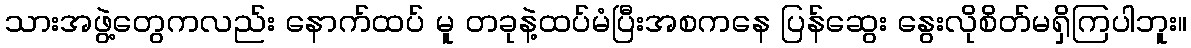
သားအဖွဲ့တွေကလည်း နောက်ထပ် မူ တခုနဲ့ထပ်မံပြီးအစကနေ ပြန်ဆွေး နွေးလိုစိတ်မရှိကြပါဘူး။